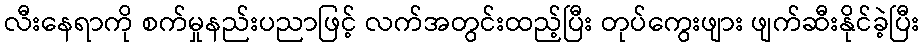
လီးနေရာကို စက်မှုနည်းပညာဖြင့် လက်အတွင်းထည့်ပြီး တုပ်ကွေးဖျား ဖျက်ဆီးနိုင်ခဲ့ပြီး